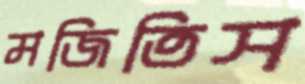
মজিতিস